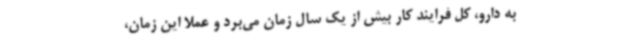
به دارو، کل فرایند کار بیش از یک سال زمان می‌برد و عملا این زمان،